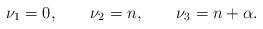
LaTeX: \begin{align*}\begin{aligned}\nu_1=0,\qquad\nu_{2}=n,\qquad\nu_{3}=n+\alpha.\end{aligned}\end{align*}